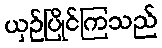
ယှဉ်ပြိုင်ကြသည်